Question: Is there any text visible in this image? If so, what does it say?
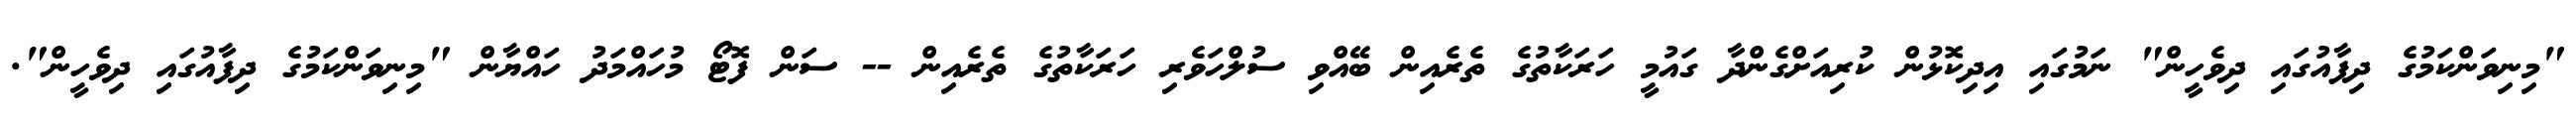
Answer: "މިނިވަންކަމުގެ ދިފާއުގައި ދިވެހީން" ނަމުގައި އިދިކޮޅުން ކުރިއަށްގެންދާ ގައުމީ ހަރަކާތުގެ ތެރެއިން ބޭއްވި ސުލްހަވެރި ހަރަކާތުގެ ތެރެއިން -- ސަން ފޮޓޯ މުހައްމަދު ހައްޔާން "މިނިވަންކަމުގެ ދިފާއުގައި ދިވެހީން".